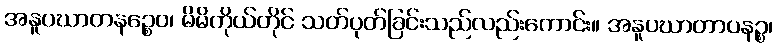
အနူပဃာတနဉ္စေဝ၊ မိမိကိုယ်တိုင် သတ်ပုတ်ခြင်းသည်လည်းကောင်း။ အနူပဃာတာပနဉ္စ၊